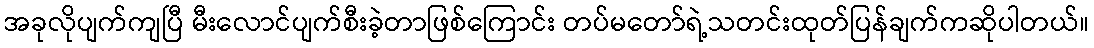
အခုလိုပျက်ကျပြီ မီးလောင်ပျက်စီးခဲ့တာဖြစ်ကြောင်း တပ်မတော်ရဲ့သတင်းထုတ်ပြန်ချက်ကဆိုပါတယ်။